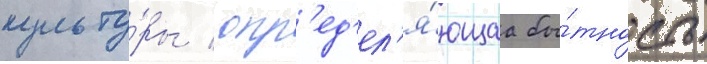
культу́ры / опр'ед'ел'я́ющаа бы́тность